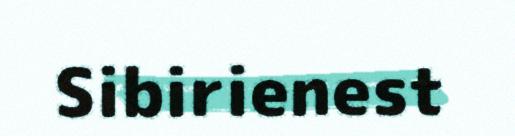
Sibirienest